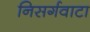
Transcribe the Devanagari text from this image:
निसर्गवाटा